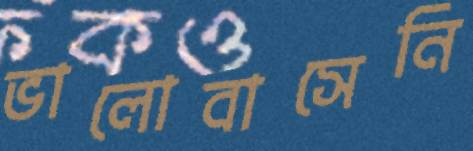
ভালোবাসেনি